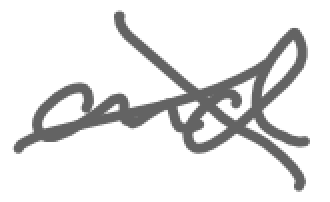
Text: and
Cross-out: cross
Writing tool: digital_gray